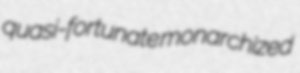
quasi-fortunate monarchized